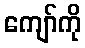
ကျော်ကို